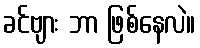
ခင်ဗျား ဘာ ဖြစ်နေလဲ။